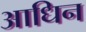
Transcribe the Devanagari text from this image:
आधिन